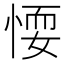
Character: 𢝶